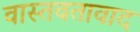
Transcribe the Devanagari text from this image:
वास्तवतावाद